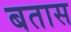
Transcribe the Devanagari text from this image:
बतास